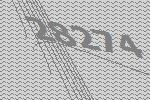
28274